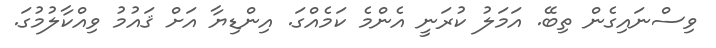
ވިސްނައިގެެން ތިބޭ. އަމަލު ކުރަނީ އެންމެ ކަމެއްގަ. އިންޑިޔާ އަށް ޤައުމު ވިއްކާލުމުގަ.